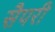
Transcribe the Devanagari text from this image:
सैपरी